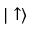
| \uparrow \rangle